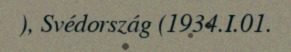
), Svédország (1934.I.01.